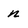
Character: n